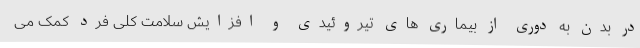
در بدن به دوری از بیماری های تیروئیدی و افزایش سلامت کلی فرد کمک می